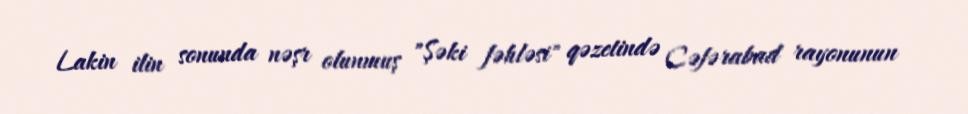
Lakin ilin sonunda nəşr olunmuş "Şəki fəhləsi" qəzetində Cəfərabad rayonunun